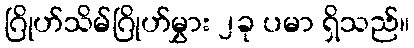
ဂြိုဟ်သိမ်ဂြိုဟ်မွှား ၂ခု ပမာ ရှိသည်။